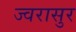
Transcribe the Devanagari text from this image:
ज्वरासुर